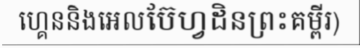
ហ្គេននិងអេលប៊ែហ្វដិនព្រះគម្ពីរ)